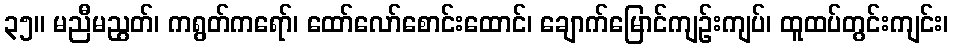
၃၅။ မညီမညွတ်၊ ကရွတ်ကရော်၊ ထော်လော်စောင်းထောင်၊ ချောက်မြောင်ကျဉ်းကျပ်၊ ထူထပ်တွင်းကျင်း၊